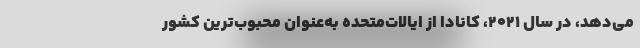
می‌دهد، در سال ۲۰۲۱، کانادا از ایالات‌متحده به‌عنوان محبوب‌ترین کشور